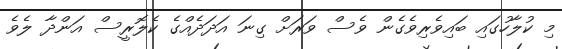
މި ކުލާހުގައި ބައިވެރިވެގެން ވެސް ވަރަށް ގިނަ އަދަދެއްގެ ކެލޮރީސް އަންދާ ލެވެ